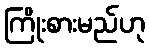
ကြိုးစားမည်ဟု